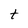
Character: t